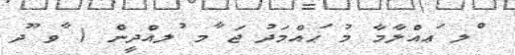
ްލ ަޢއްލާމާ މު ަޙއްމަދު ޖަ ާމ ުލއްދީން ( ާވ ޫދ